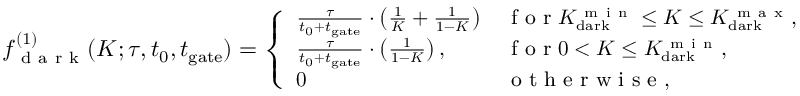
\small { f _ { \mathit { \mathrm { ~ d ~ a ~ r ~ k ~ } } } ^ { ( 1 ) } ( K ; \tau , t _ { 0 } , t _ { \mathrm { g a t e } } ) = \left\{ \begin{array} { l l } { \frac { \tau } { t _ { 0 } + t _ { \mathrm { g a t e } } } \cdot \left( \frac { 1 } { K } + \frac { 1 } { 1 - K } \right) } & { \mathrm { ~ f ~ o ~ r ~ } K _ { \mathrm { d a r k } } ^ { \mathrm { ~ m ~ i ~ n ~ } } \leq K \leq K _ { \mathrm { d a r k } } ^ { \mathrm { ~ m ~ a ~ x ~ } } , } \\ { \frac { \tau } { t _ { 0 } + t _ { \mathrm { g a t e } } } \cdot \left( \frac { 1 } { 1 - K } \right) , } & { \mathrm { ~ f ~ o ~ r ~ } 0 < K \leq K _ { \mathrm { d a r k } } ^ { \mathrm { ~ m ~ i ~ n ~ } } , } \\ { 0 } & { \mathrm { ~ o ~ t ~ h ~ e ~ r ~ w ~ i ~ s ~ e ~ } , } \end{array} \right. }